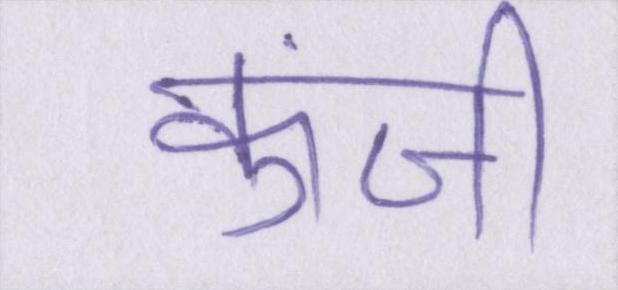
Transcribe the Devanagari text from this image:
कुंजी